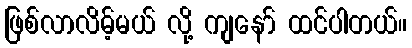
ဖြစ်လာလိမ့်မယ် လို့ ကျနော် ထင်ပါတယ်။